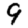
Digit: 9